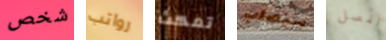
شخص رواتب تمكث سيصاب لفصل